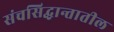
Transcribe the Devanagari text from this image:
संचसिद्धान्तातील